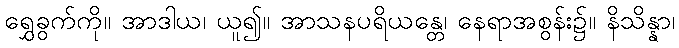
ရွှေခွက်ကို။ အာဒါယ၊ ယူ၍။ အာသနပရိယန္တေ၊ နေရာအစွန်း၌။ နိသိန္နာ၊